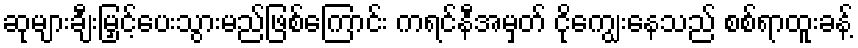
ဆုများချီးမြှင့်ပေးသွားမည်ဖြစ်ကြောင်း ကရင်နီအမှတ် ငိုကျွေးနေသည် စစ်ရာထူးခန့်